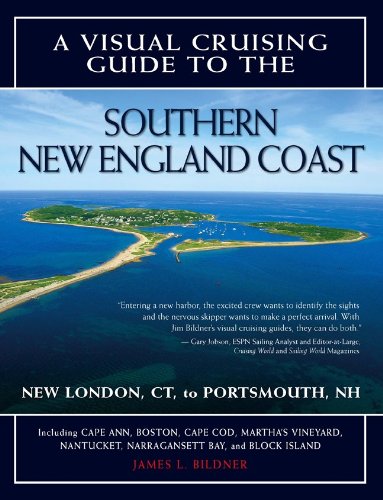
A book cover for A Visual Cruising Guide to the Southern New England Coast: Portsmouth, NH, to New London, CT; James Bildner; Travel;